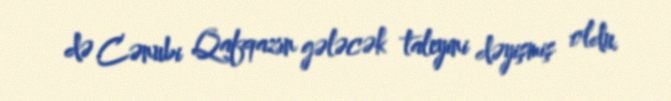
də Cənubi Qafqazın gələcək taleyini dəyişmiş oldu.